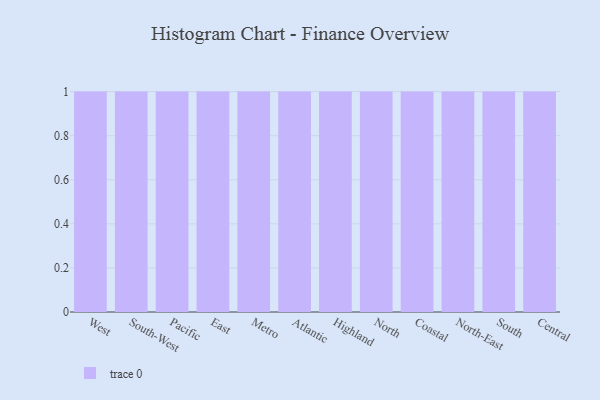
{"axis": {"x": "Region", "y": "LTV (USD)"}, "legend": [""], "data": [{"x": "West", "y": 89, "type": ""}, {"x": "South-West", "y": 33, "type": ""}, {"x": "Pacific", "y": 16, "type": ""}, {"x": "East", "y": 26, "type": ""}, {"x": "Metro", "y": 59, "type": ""}, {"x": "Atlantic", "y": 58, "type": ""}, {"x": "Highland", "y": 44, "type": ""}, {"x": "North", "y": 48, "type": ""}, {"x": "Coastal", "y": 94, "type": ""}, {"x": "North-East", "y": 14, "type": ""}, {"x": "South", "y": 80, "type": ""}, {"x": "Central", "y": 15, "type": ""}]}